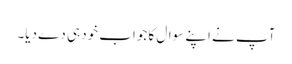
آپ نے اپنے سوال کا جواب خود ہی دے دیا۔